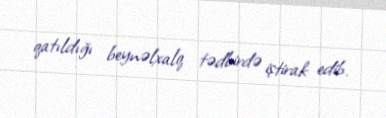
qatıldığı beynəlxalq tədbirdə iştirak edib.